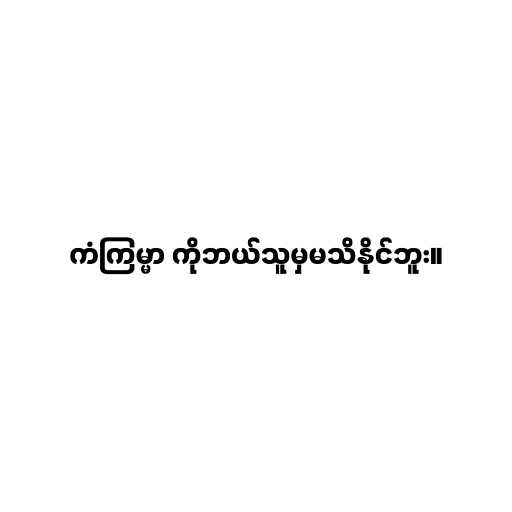
ကံကြမ္မာ ကိုဘယ်သူမှမသိနိုင်ဘူး။